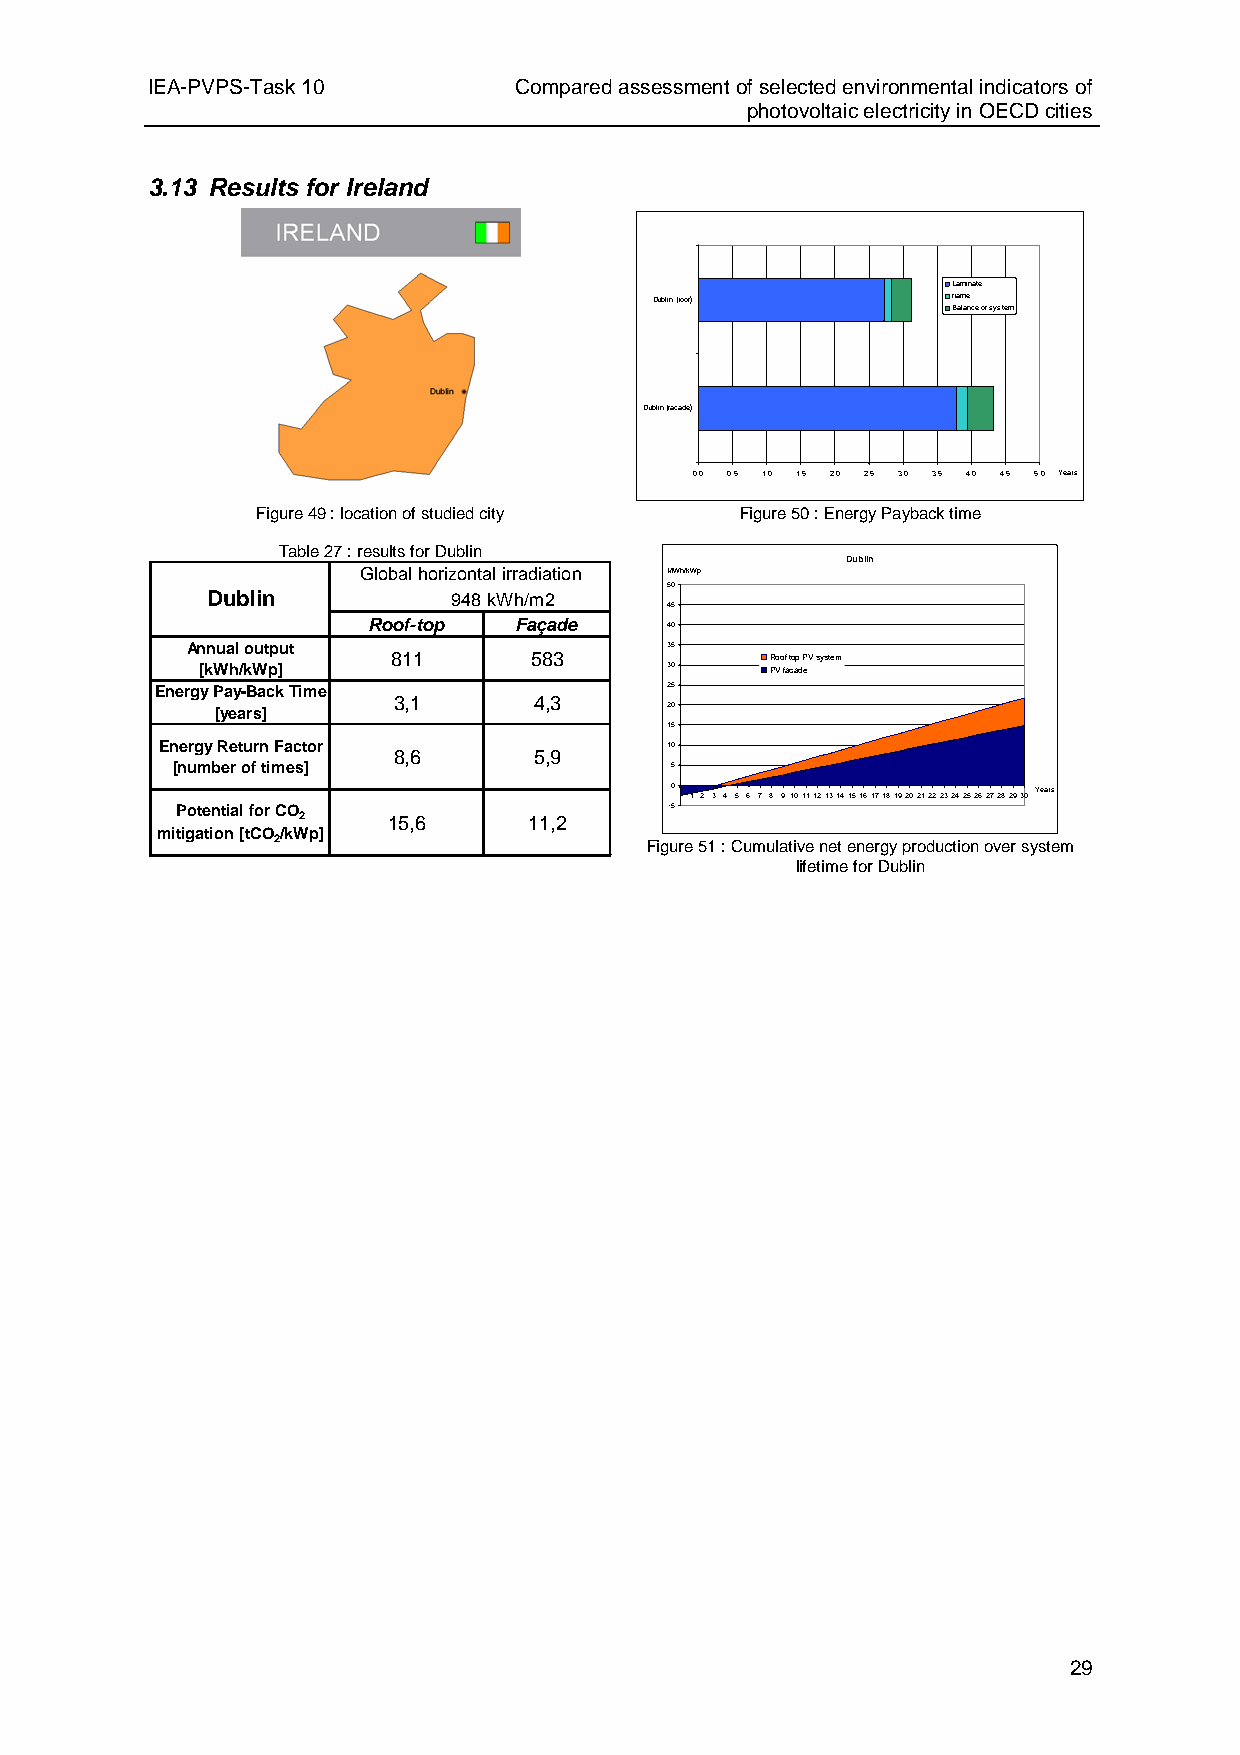
IEA-PVPS-Task 10        Compared assessment of selected environmental indicators of
 photovoltaic electricity in OECD cities
 3.13 Results for Ireland
 Laminate
 Dublin (roof)       frame
 Balance of system
 Dublin (facade)
 0,0 0,5 1,0 1,5 2,0 2,5 3,0 3,5 4,0 4,5 5,0 Years
 Figure 49 : location of studied city Figure 50 : Energy Payback time
 Table 27 : results for Dublin
 Dublin
 Global horizontal irradiation MWh/kWp
 50
 Dublin          948kWh/m2
 45
 Roof-top  Façade    40
 Annual output                   35
 811      583             Roof top PV system
 [kWh/kWp]                      30     PV facade
 Energy Pay-Back Time              25
 3,1      4,3
 [years]                       20
 15
 Energy Return Factor             10
 8,6      5,9
 [number of times]                5
 0 1 2 3 4 5 6 7 8 9101112131415161718192021222324252627282930 Years
 Potential for CO                -5
 2     15,6     11,2
 mitigation [tCO/kWp]
 2                        Figure 51 : Cumulative net energy production over system
 lifetime for Dublin
 29